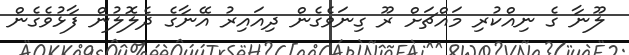
ލޫނާ ގެ ނިއްކުރި މައްޗަށް ރޫ ގިނަވެގެން ދިއައިރު އޭނާގެ ދެލޮލުން ފާޅުވެގެން